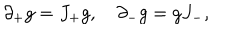
\partial _ { + } g = J _ { + } g , { } ~ \partial _ { - } g = g J _ { - } ,